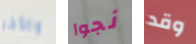
والأخر نجوا وقد